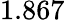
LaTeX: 1.867